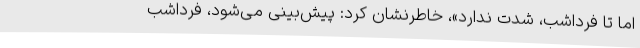
اما تا فرداشب، شدت ندارد»، خاطرنشان کرد: پیش‌بینی می‌شود، فرداشب